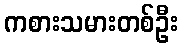
ကစားသမားတစ်ဦး